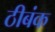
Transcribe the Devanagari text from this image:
ठीबंक